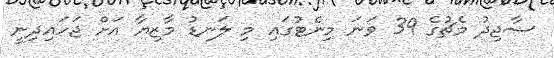
ސާޖިދު މެޗުގެ 39 ވަނަ މިނެޓުގައި މި ލަނޑު މާޒިޔާ އަށް ޖަހައިދިނީ